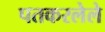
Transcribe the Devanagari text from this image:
पतकरलेले